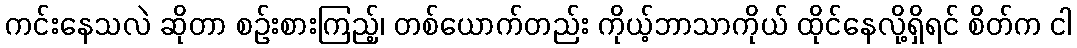
ကင်းနေသလဲ ဆိုတာ စဉ်းစားကြည့်၊ တစ်ယောက်တည်း ကိုယ့်ဘာသာကိုယ် ထိုင်နေလို့ရှိရင် စိတ်က ငါ